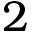
2